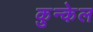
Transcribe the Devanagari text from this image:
कुन्केल